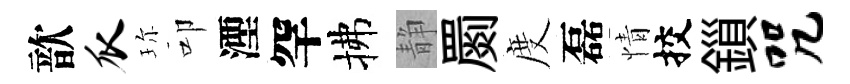
歆瓜珎叩湮罕拂静罽度磊情挍鎻咒